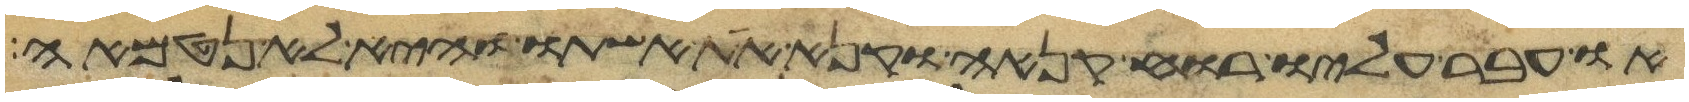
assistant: או עבר עליו רוח קנאה וקנא את אשתו והיא לא נטמאה